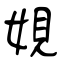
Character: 娊